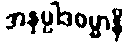
အနုပ္ပါဒဓမ္မာနိ